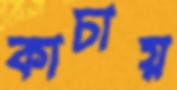
কাচায়